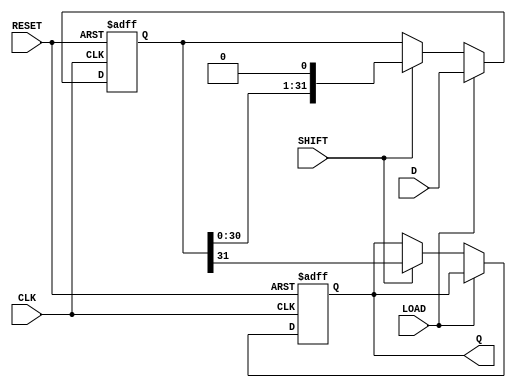
module piso_register (
    input wire [31:0] D,         // 32-bit parallel data input
    input wire LOAD,             // Load control signal
    input wire SHIFT,            // Shift control signal
    input wire CLK,              // Clock signal
    input wire RESET,            // Asynchronous reset signal
    output reg Q                // Serial output
);

    reg [31:0] shift_reg;        // 32-bit shift register

    // Asynchronous reset
    always @(posedge CLK or posedge RESET) begin
        if (RESET) begin
            shift_reg <= 32'b0;   // Clear the shift register
            Q <= 1'b0;            // Clear serial output
        end else if (LOAD) begin
            shift_reg <= D;       // Load data into the shift register
        end else if (SHIFT) begin
            Q <= shift_reg[31];   // Output the MSB
            shift_reg <= {shift_reg[30:0], 1'b0}; // Shift right
        end
    end

endmodule